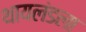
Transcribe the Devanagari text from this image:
थायलंडला